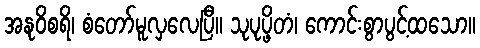
အနုဝိစရိ၊ စံတော်မူလှလေပြီ။ သုပုပ္ဖိတံ၊ ကောင်းစွာပွင့်ထသော။